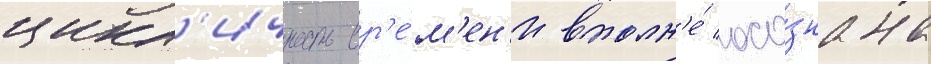
цикл'ичность вр'е́м'ен'и вполн'е́ осо́знана